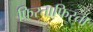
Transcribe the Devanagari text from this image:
फिरताफिरता